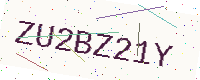
Text: ZU2BZ21Y